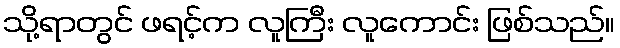
သို့ရာတွင် ဖရင့်က လူကြီး လူကောင်း ဖြစ်သည်။